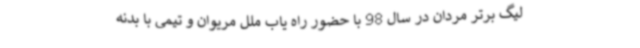
لیگ برتر مردان در سال 98 با حضور راه یاب ملل مریوان و تیمی با بدنه